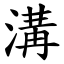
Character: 溝